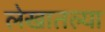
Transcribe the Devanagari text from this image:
लेखातल्या